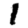
Digit: 1